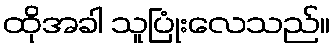
ထိုအခါ သူပြုံးလေသည်။